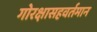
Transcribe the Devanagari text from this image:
गोरक्षासहवर्तमान